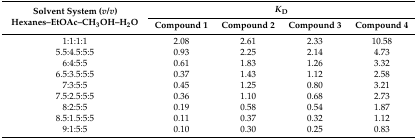
| <ROWSPAN=2> Solvent System (v/v)Hexanes–EtOAc–CH3OH–H2O | <COLSPAN=4> KD |
 | Compound 1 | Compound 2 | Compound 3 | Compound 4 |
 | --- | --- | --- | --- | --- |
 | 1:1:1:1 | 2.08 | 2.61 | 2.33 | 10.58 |
 | 5.5:4.5:5:5 | 0.93 | 2.25 | 2.14 | 4.73 |
 | 6:4:5:5 | 0.61 | 1.83 | 1.26 | 3.32 |
 | 6.5:3.5:5:5 | 0.37 | 1.43 | 1.12 | 2.58 |
 | 7:3:5:5 | 0.45 | 1.25 | 0.80 | 3.21 |
 | 7.5:2.5:5:5 | 0.36 | 1.10 | 0.68 | 2.73 |
 | 8:2:5:5 | 0.19 | 0.58 | 0.54 | 1.87 |
 | 8.5:1.5:5:5 | 0.11 | 0.37 | 0.32 | 1.12 |
 | 9:1:5:5 | 0.10 | 0.30 | 0.25 | 0.83 |